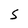
Character: S